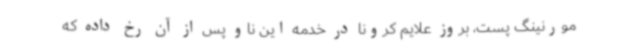
مورنینگ پست، بروز علایم کرونا در خدمه این ناو پس از آن رخ داده که